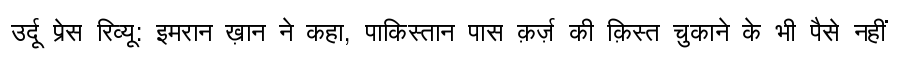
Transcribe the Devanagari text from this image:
उर्दू प्रेस रिव्यू: इमरान ख़ान ने कहा, पाकिस्तान पास क़र्ज़ की क़िस्त चुकाने के भी पैसे नहीं